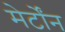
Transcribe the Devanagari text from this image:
मेर्टोंन